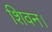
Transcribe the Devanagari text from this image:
शिवन।